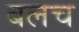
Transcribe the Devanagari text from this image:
बलच